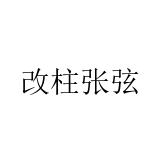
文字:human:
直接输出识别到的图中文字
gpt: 改柱张弦